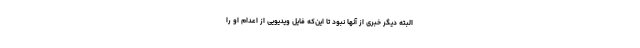
البته دیگر خبری از آنها نبود تا این‌که فایل ویدیویی از اعدام او را